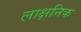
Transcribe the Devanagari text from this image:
लाक्षनिक